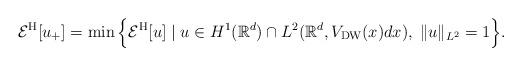
LaTeX: \begin{align*}\mathcal{E}^\mathrm{H}[u_+]=\min\Big\{ \mathcal{E}^\mathrm{H}[u]\;|\; u \in H^1(\mathbb{R}^d)\cap L^2( \mathbb{R}^d,V_\mathrm{DW}(x)dx),\; \|u\|_{L^2}=1 \Big\}.\end{align*}